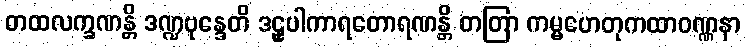
တထလက္ခဏန္တိ ဒဏ္ဍဗုန္ဒေတိ ဒဠှပါကာရတောရဏန္တိ တတြာ ကမ္မဟေတုကထာဝဏ္ဏနာ